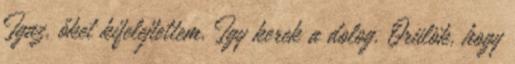
Igaz, őket kifelejtettem. Így kerek a dolog. Örülök, hogy